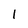
Character: 1